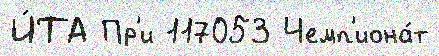
И́ТА Пр'и 117053 Чемп'иона́т